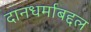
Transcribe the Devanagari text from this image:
दानधर्माबद्दल